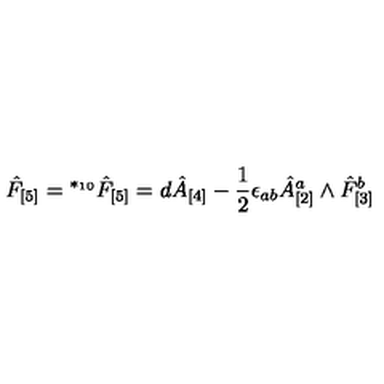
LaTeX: \hat { F } _ { [ 5 ] } = { } ^ { * _ { 1 0 } } \hat { F } _ { [ 5 ] } = d \hat { A } _ { [ 4 ] } - \frac 1 2 \epsilon _ { a b } \hat { A } _ { [ 2 ] } ^ { a } \wedge \hat { F } _ { [ 3 ] } ^ { b }